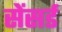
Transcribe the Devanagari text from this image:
सेंसर्ड